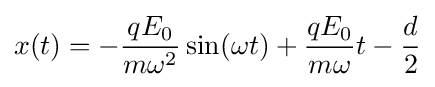
x(t)=-{\frac {qE_{0}}{m\omega ^{2}}}\sin(\omega t)+{\frac {qE_{0}}{m\omega }}t-{\frac {d}{2}}